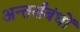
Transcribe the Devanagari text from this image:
अन्तर्संबंधों